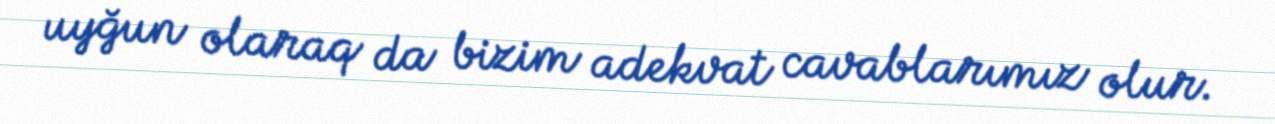
uyğun olaraq da bizim adekvat cavablarımız olur.